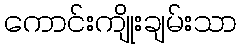
ကောင်းကျိုးချမ်းသာ